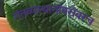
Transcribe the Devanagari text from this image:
गंतव्यस्थानांबरोबरच